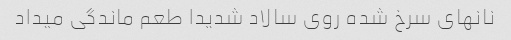
نانهای سرخ شده روی سالاد شدیدا طعم ماندگی میداد